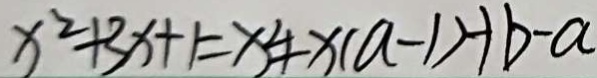
x ^ { 2 } + 3 x + 1 = x ^ { 4 } + x ( a - 1 ) + b - a